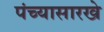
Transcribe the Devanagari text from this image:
पंच्यासारखे